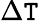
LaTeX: \Delta\mathtt{T}